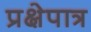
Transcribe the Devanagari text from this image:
प्रक्षेपात्र